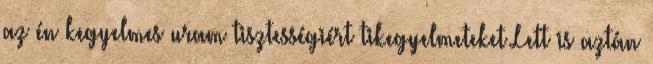
az én kegyelmes uram tisztességiért tikegyelmeteket Lett is aztán